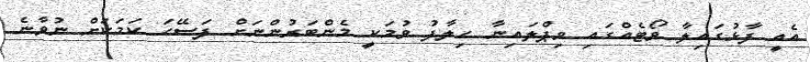
އެއީ ފާޅުގައިލާ ވޯޓެއްގައި ވިޕްލައިނާ ހިލާފު ވުމަކީ މެންބަރުންނަށް ފަސޭހަ ކަމަކަށް ނުވާނެ